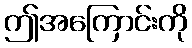
ဤအကြောင်းကို